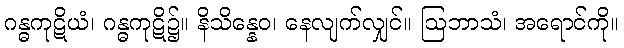
ဂန္ဓကုဋိယံ၊ ဂန္ဓကုဋိ၌။ နိသိန္နေဝ၊ နေလျက်လျှင်။ ဩဘာသံ၊ အရောင်ကို။